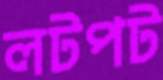
লটপট